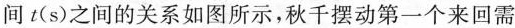
间t(s)之间的关系如图所示，秋千摆动第一个来回需